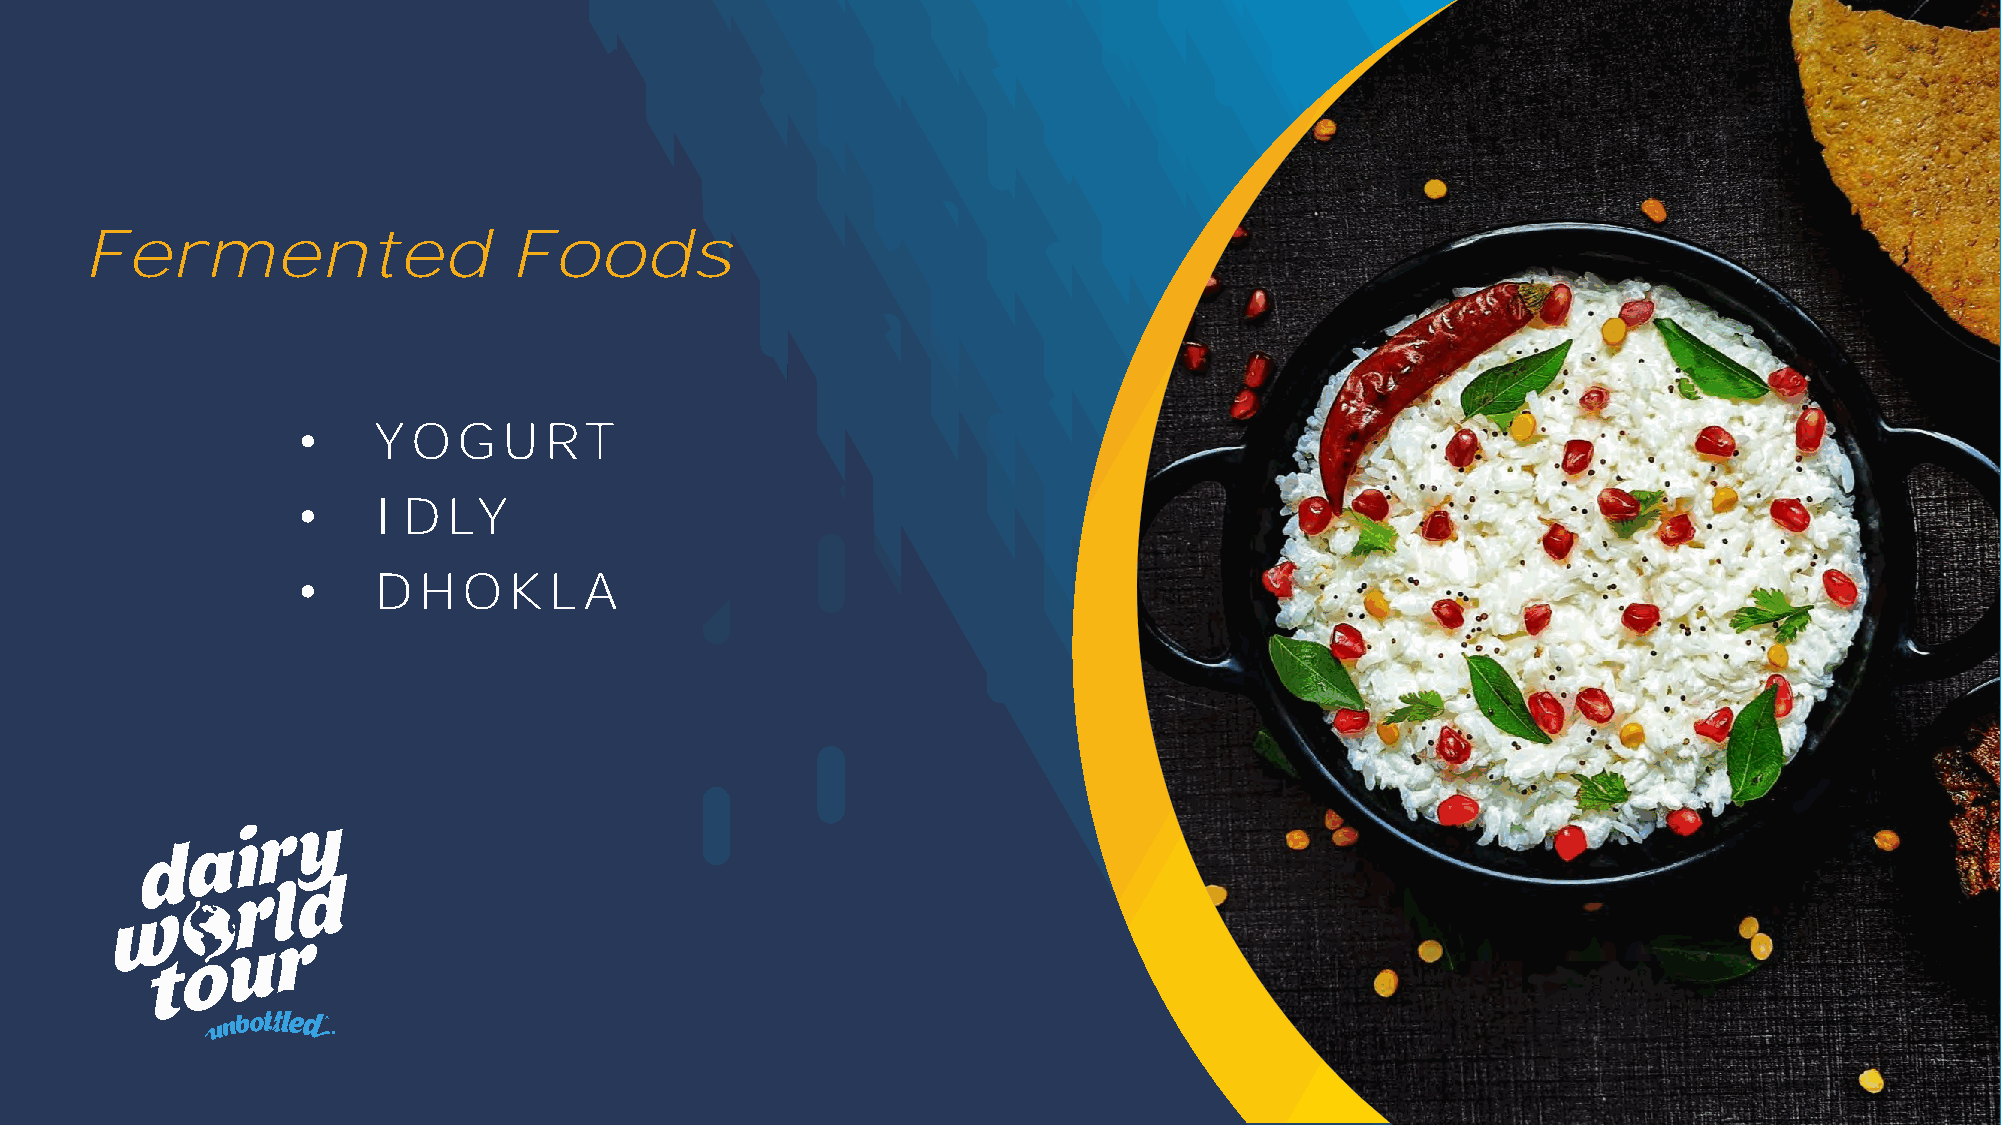
Fermented                    Foods
 •    Y O  GURT
 •    I DLY
 •    DHO      KL   A